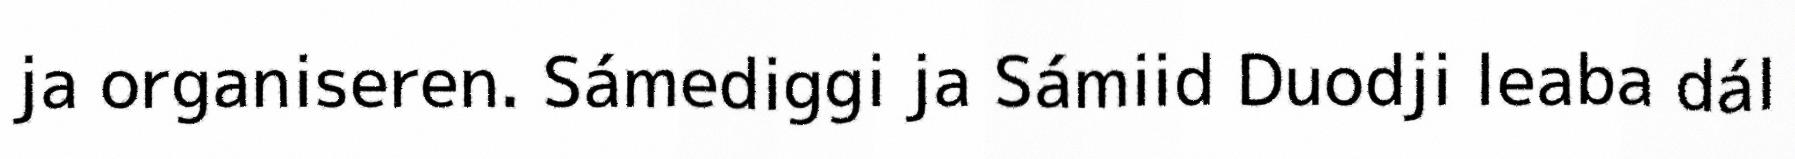
ja organiseren. Sámediggi ja Sámiid Duodji leaba dál